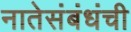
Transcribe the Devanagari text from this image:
नातेसंबंधंची